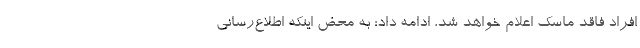
افراد فاقد ماسک اعلام خواهد شد، ادامه داد: به محض اینکه اطلاع‌رسانی